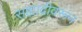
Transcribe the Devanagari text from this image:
सह्याद्रीवरून